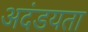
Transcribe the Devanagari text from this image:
अदंडयता